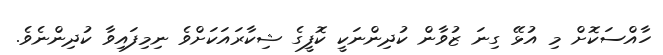
ހާއްސަކޮށް މި އުޅޭ ގިނަ ޒުވާން ކުދިންނަކީ ކޮފީގެ ޝިކާރައަކަށްވެ ނިމިފައިވާ ކުދިންނެވެ.